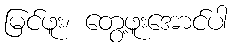
မြင်ဖူး၊ တွေ့ဖူးအောင်ပါ